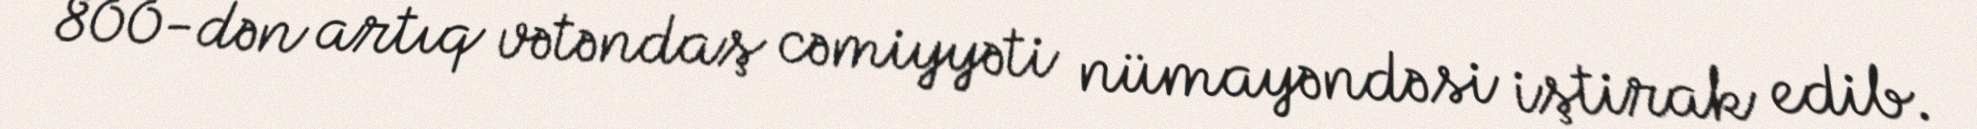
800-dən artıq vətəndaş cəmiyyəti nümayəndəsi iştirak edib.